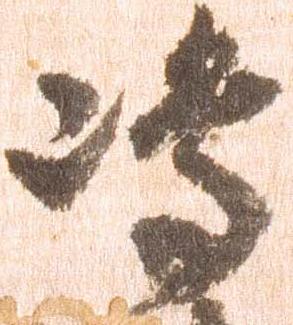
嶋